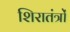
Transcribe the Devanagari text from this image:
शिरातंत्रों